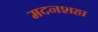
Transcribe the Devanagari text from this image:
मदनशहा